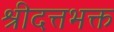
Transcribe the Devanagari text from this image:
श्रीदत्तभक्त